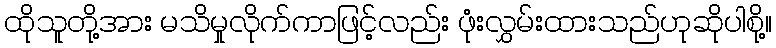
ထိုသူတို့အား မသိမှုလိုက်ကာဖြင့်လည်း ဖုံးလွှမ်းထားသည်ဟုဆိုပါစို့။